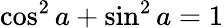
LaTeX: \cos^{2}a+\sin^{2}a=1